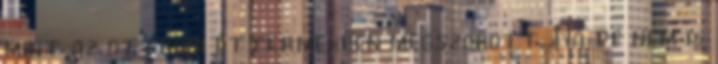
mint az otthoni éttermekben megszokott. Na de nem is